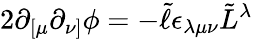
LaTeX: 2\partial_{[\mu}\partial_{\nu]}\phi=-\tilde{\ell}\epsilon_{\lambda\mu\nu}\tilde{L}^{\lambda}